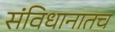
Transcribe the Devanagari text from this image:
संविधानातच